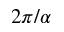
2 \pi / \alpha